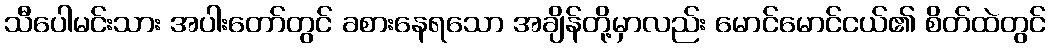
သီပေါမင်းသား အပါးတော်တွင် ခစားနေရသော အချိန်တို့မှာလည်း မောင်မောင်ငယ်၏ စိတ်ထဲတွင်